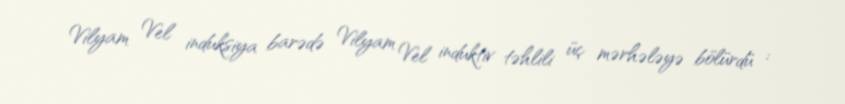
Vilyam Vel induksiya barədə Vilyam Vel induktiv təhlili üç mərhələyə bölürdü :